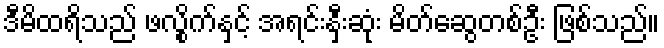
ဒီမိထရိသည် ဖလွိုက်နှင့် အရင်းနှီးဆုံး မိတ်ဆွေတစ်ဦး ဖြစ်သည်။